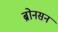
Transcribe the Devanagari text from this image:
ब्रोनसन